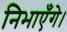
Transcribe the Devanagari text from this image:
निभाएँगे।